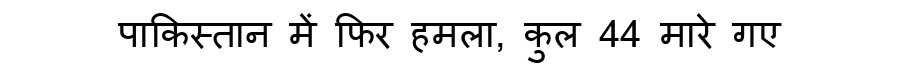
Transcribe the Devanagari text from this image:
पाकिस्तान में फिर हमला, कुल 44 मारे गए